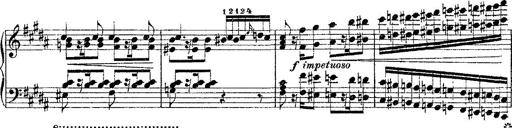
Title: Fantaisie romantique sur deux mÃ©lodies suisses
Composer: Franz Liszt